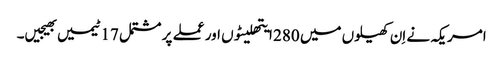
امریکہ نے اِن کھیلوں میں 280 ایتھلیٹوں اور عملے پر مشتمل 17 ٹیمیں بھیجیں۔